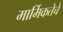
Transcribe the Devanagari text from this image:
मार्मिकतेचे